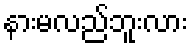
နားမလည်ဘူးလား